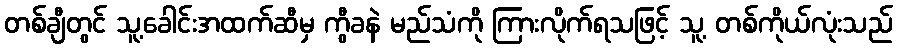
တစ်ချီတွင် သူ့ခေါင်းအထက်ဆီမှ ကွီခနဲ မည်သံကို ကြားလိုက်ရသဖြင့် သူ့ တစ်ကိုယ်လုံးသည်